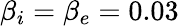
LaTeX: \beta_{i}=\beta_{e}=0.03